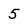
Character: 5